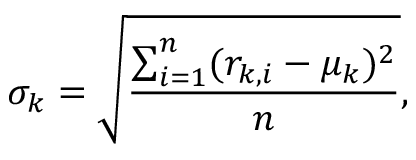
\sigma _ { k } = \sqrt { \frac { { \sum _ { i = 1 } ^ { n } ( r _ { k , i } - \mu _ { k } ) ^ { 2 } } } { n } } ,